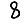
Digit: 8